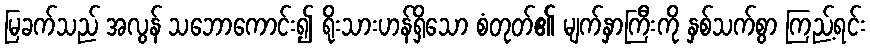
မြခက်သည် အလွန် သဘောကောင်း၍ ရိုးသားဟန်ရှိသော စံတုတ်၏ မျက်နှာကြီးကို နှစ်သက်စွာ ကြည့်ရင်း